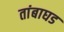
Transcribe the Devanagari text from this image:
तांबाघड